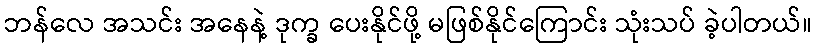
ဘန်လေ အသင်း အနေနဲ့ ဒုက္ခ ပေးနိုင်ဖို့ မဖြစ်နိုင်ကြောင်း သုံးသပ် ခဲ့ပါတယ်။